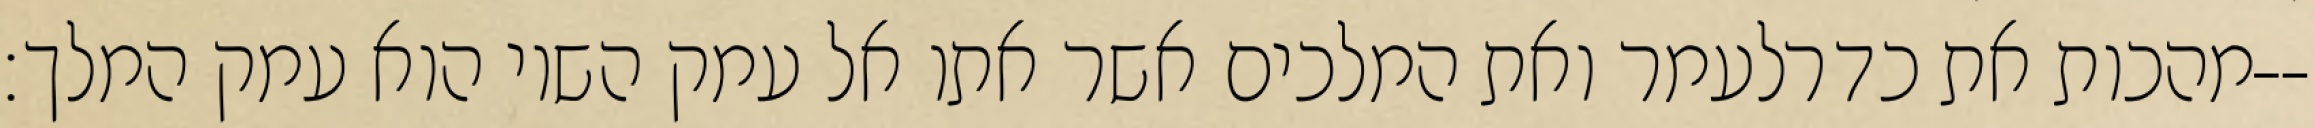
מהכות את כדרלעמר ואת המלכים אשר אתו אל עמק השוי הוא עמק המלך׃--